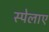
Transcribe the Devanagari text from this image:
स्पेलाए